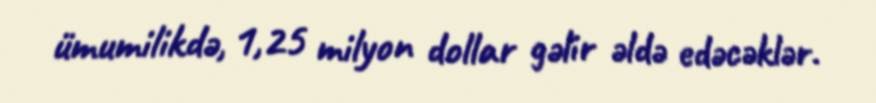
ümumilikdə, 1,25 milyon dollar gəlir əldə edəcəklər.